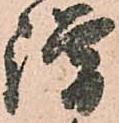
謂